Senior Leaving Certificate Examination (including Day School Certificate (Higher) General paper), 1947
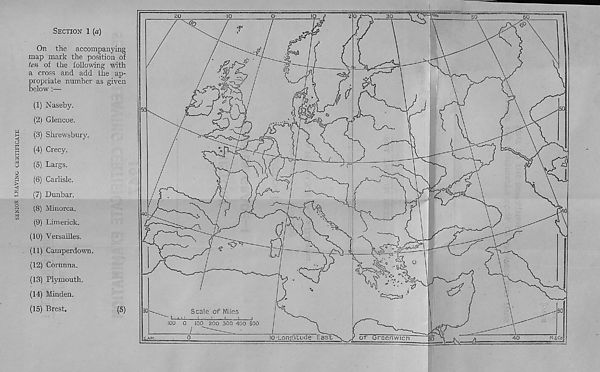
SENIOR LEAVING CERTIFICATE
SECTION 1 {a)
On the accompanying
map mark the position of
ten of the following with
a cross and add the ap-
propriate number as given
below :—
(1) Naseby.
(2) Glencoe.
(3) Shrewsbury.
(4) Crecy.
(5) Largs.
(6) Carlisle.
(7) Dunbar.
(8) Minorca.
(9) Limerick.
(10) Versailles.
(11) Camperdown.
(12) Corunna.
(13) Plymouth.
(14) Minden.
(15) Brest.
(5)
Scale of Miles
100 200 300 400 500
M.&Co